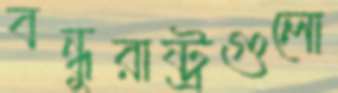
বন্ধুরাষ্ট্রগুলো